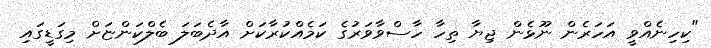
"ކިހިނެއްވީ އަހަރެން ނޫޅެން ޖިޔާ ތިހާ ހާސްވާވަރުގެ ކަމެއްކުރާކަށް އާދެބަލަ ބެލްކަންޏަށް މިގަޑީގައި